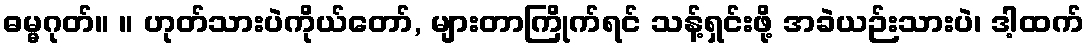
ဓမ္မဂုတ်။ ။ ဟုတ်သားပဲကိုယ်တော်, များတာကြိုက်ရင် သန့်ရှင်းဖို့ အခဲယဉ်းသားပဲ၊ ဒါ့ထက်